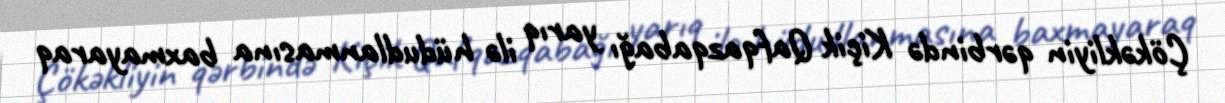
Çökəkliyin qərbində Kiçik Qafqazqabağı yarıq ilə hüdudlanmasına baxmayaraq